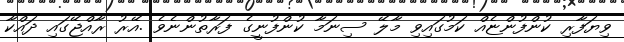
ވިޔަފާރި ކުންފުންޏެއް ކަމުގައިވި މާލޭ ސިނަމާ ކުންފުނީގެ ފަރާތުންނެވެ .އޭރު ރާއްޖޭގައި ދައްކާ